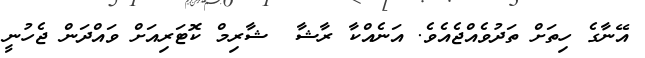
އޭނާގެ ހިތަށް ތަދުވެއްޖެއެވެ. އަނެއްކާ ރާޝާ  ޝާރިމް ކޮޓަރިއަށް ވައްދަން ޖެހުނީ